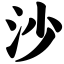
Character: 沙